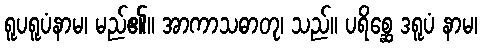
ရူပရူပံနာမ၊ မည်၏။ အာကာသဓာတု၊ သည်။ ပရိစ္ဆေ ဒရူပံ နာမ၊